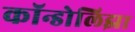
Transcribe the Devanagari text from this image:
कॉन्डोलिझा